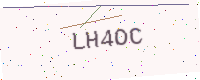
Text: LH4OC